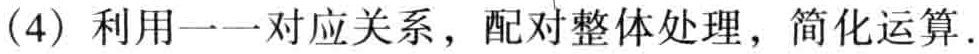
(4) 利用一一对应关系，配对整体处理，简化运算.